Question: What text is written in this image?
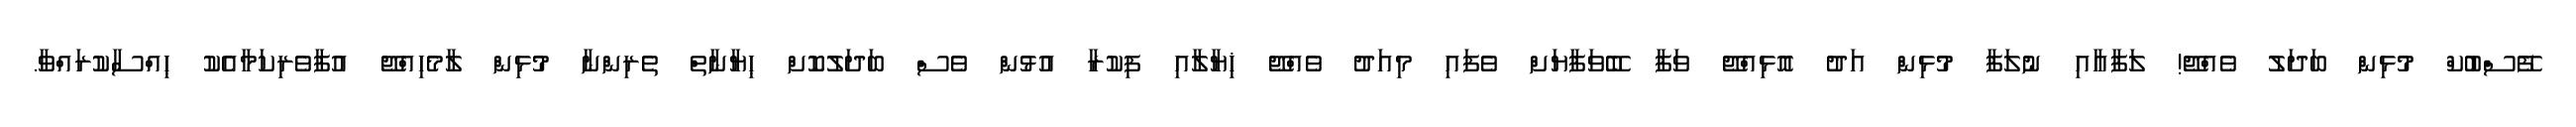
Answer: ފޭސްބުކް މުޅިން ބަދަލު ވެއްޖޭ! ލަފާއާއި ނުލަފާ މުޅިން އަދު އޮޅިއްޖޭ ވަފާ ބޭވަފާޔަށް ވެފައި މިއަދު ވެއްޖޭ ޚިޔާލާއި ފިކުރާ އުޅުން ވެސް ބަދަލުކޮށް ޙިޔާނާތް ތެރިންނާ މުޅިން ލާމެހިއްޖޭ އުފާވެރިކަމާއެކު ޙިއްސާކުރައްވާ.